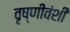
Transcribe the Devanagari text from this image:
वृष्णीवंशी